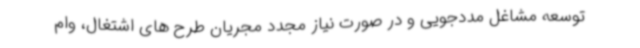
توسعه مشاغل مددجویی و در صورت نیاز مجدد مجریان طرح های اشتغال، وام